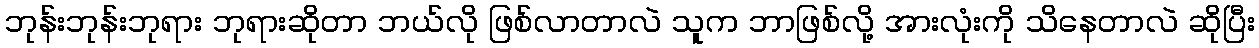
ဘုန်းဘုန်းဘုရား ဘုရားဆိုတာ ဘယ်လို ဖြစ်လာတာလဲ သူက ဘာဖြစ်လို့ အားလုံးကို သိနေတာလဲ ဆိုပြီး